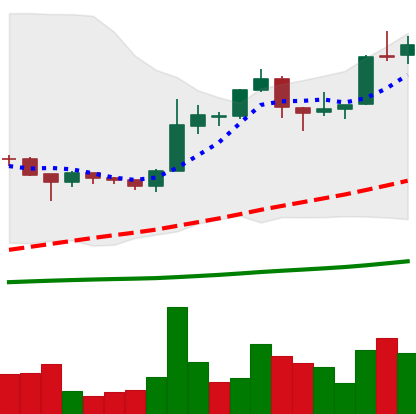
Ticker: BTC-USD
Chart end date: 2015-12-07
Forward return: 9.977%
Label: up_7plus